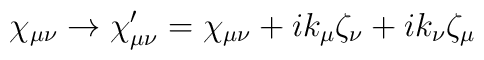
\chi_{\mu\nu} \rightarrow \chi_{\mu\nu}' = \chi_{\mu\nu} + ik_\mu \zeta_\nu+ ik_\nu \zeta_\mu